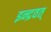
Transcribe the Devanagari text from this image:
इन्द्रवत्